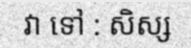
វា ទៅ : សិស្ស